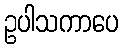
ဥပါသကာပေ